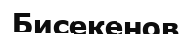
Бисекенов